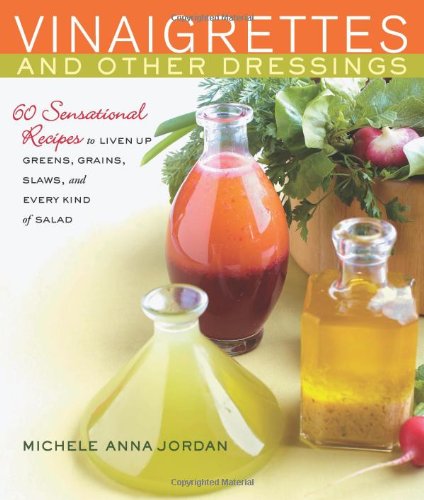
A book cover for Vinaigrettes & Other Dressings: 60 Sensational recipes to Liven Up Greens, Grains, Slaws, and Every Kind of Salad; Michele Anna Jordan; Cookbooks, Food & Wine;